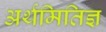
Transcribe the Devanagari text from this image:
अर्थमितिज्ञ